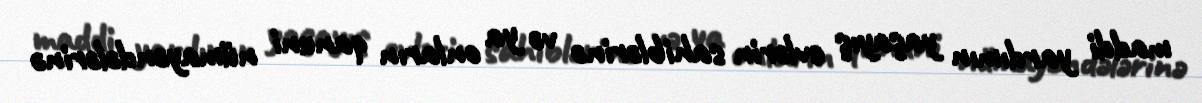
maddi yardımın yaşayış evlərin sahiblərinə və ya onların qanuni nümayəndələrinə